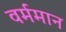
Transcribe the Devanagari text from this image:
वर्ममान